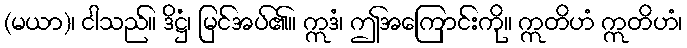
(မယာ)၊ ငါသည်။ ဒိဋ္ဌံ၊ မြင်အပ်၏။ ဣဒံ၊ ဤအကြောင်းကို။ ဣတိဟံ ဣတိဟံ၊